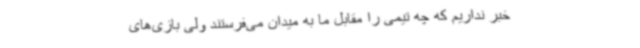
خبر نداریم که چه تیمی را مقابل ما به میدان می‌فرستند ولی بازی‌های